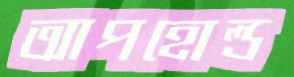
আপহোল্ড